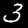
Digit: 3